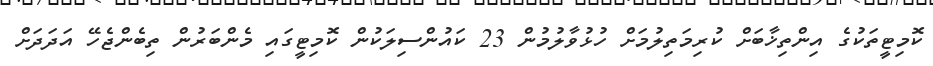
ކޮމިޓީތަކުގެ އިންތިޚާބަށް ކުރިމަތިލުމަށް ހުޅުވާލުމުން 23 ކައުންސިލަކުން ކޮމިޓީގައި މެންބަރުން ތިބެންޖެހޭ އަދަދަށް